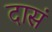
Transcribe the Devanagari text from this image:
दासं